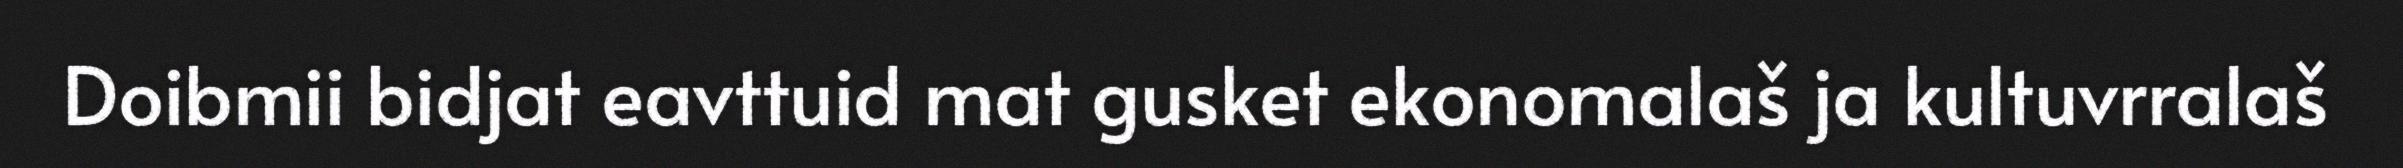
Doibmii bidjat eavttuid mat gusket ekonomalaš ja kultuvrralaš